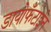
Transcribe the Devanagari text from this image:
डायोफँटाईन